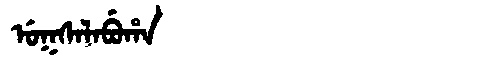
Manchu: ᡠᡴᠰᠠᠯᠠᠪᡠᡥᠠ
Romanization: UKSALABUHA